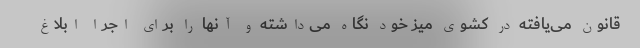
قانون می‌یافته در کشوی میز خود نگاه می‌داشته و آنها را برای اجرا ابلاغ